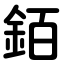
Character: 銆